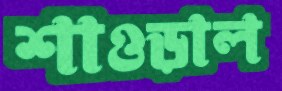
শাওড়াল